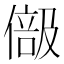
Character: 𠍭